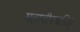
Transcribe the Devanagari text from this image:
महावीरचरित्‌